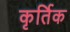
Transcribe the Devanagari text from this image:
कृर्तिक